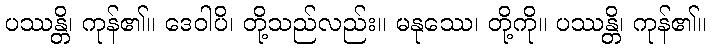
ပဿန္တိ၊ ကုန်၏။ ဒေဝါပိ၊ တို့သည်လည်း။ မနုဿေ၊ တို့ကို။ ပဿန္တိ၊ ကုန်၏။